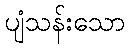
ပျံသန်းသော